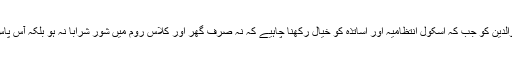
ماہرین کا مشورہ ہے کہ گھر میں بڑوں اور بچوں کے والدین کو جب کہ اسکول انتظامیہ اور اساتذہ کو خیال رکھنا چاہیے کہ نہ صرف گھر اور کلاس روم میں شور شرابا نہ ہو بلکہ آس پاس کا ماحول پرسکون ہو تاکہ بچوں کی تعلیم متاثر نہ ہو۔